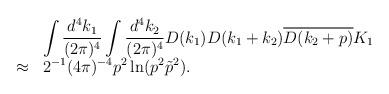
LaTeX: \begin{align*}\begin{array}{rl}&\displaystyle \int\frac{d^4k_1}{(2\pi)^4}\int\frac{d^4k_2}{(2\pi)^4}D(k_1)D(k_1+k_2)\overline{D(k_2+p)}K_1\\\approx&\displaystyle 2^{-1}(4\pi)^{-4}p^2\ln(p^2\tilde{p}^2).\end{array}\end{align*}